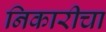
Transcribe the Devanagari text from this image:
निकारीचा